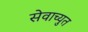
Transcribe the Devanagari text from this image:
सेवाच्युत